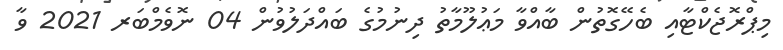
މިޕްރޮޖެކްޓާއި ބެހޭގޮތުން ބާއްވާ މަޢުލޫމާތު ދިނުމުގެ ބައްދަލުވުން 04 ނޮވެމްބަރ 2021 ވާ